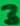
Text: 3